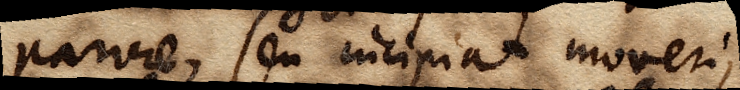
parvae, seu incipiat moveri,